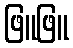
ဖြူဖြူ